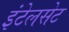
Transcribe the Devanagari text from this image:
इंटेलसेट